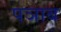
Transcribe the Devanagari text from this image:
पञाब